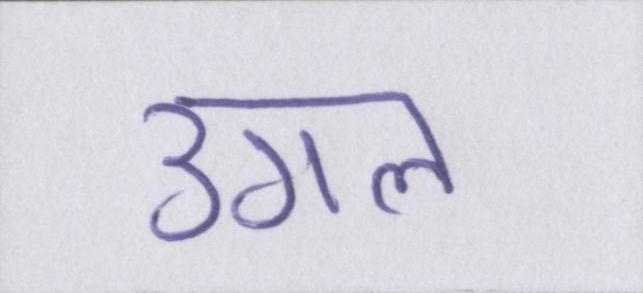
उगल